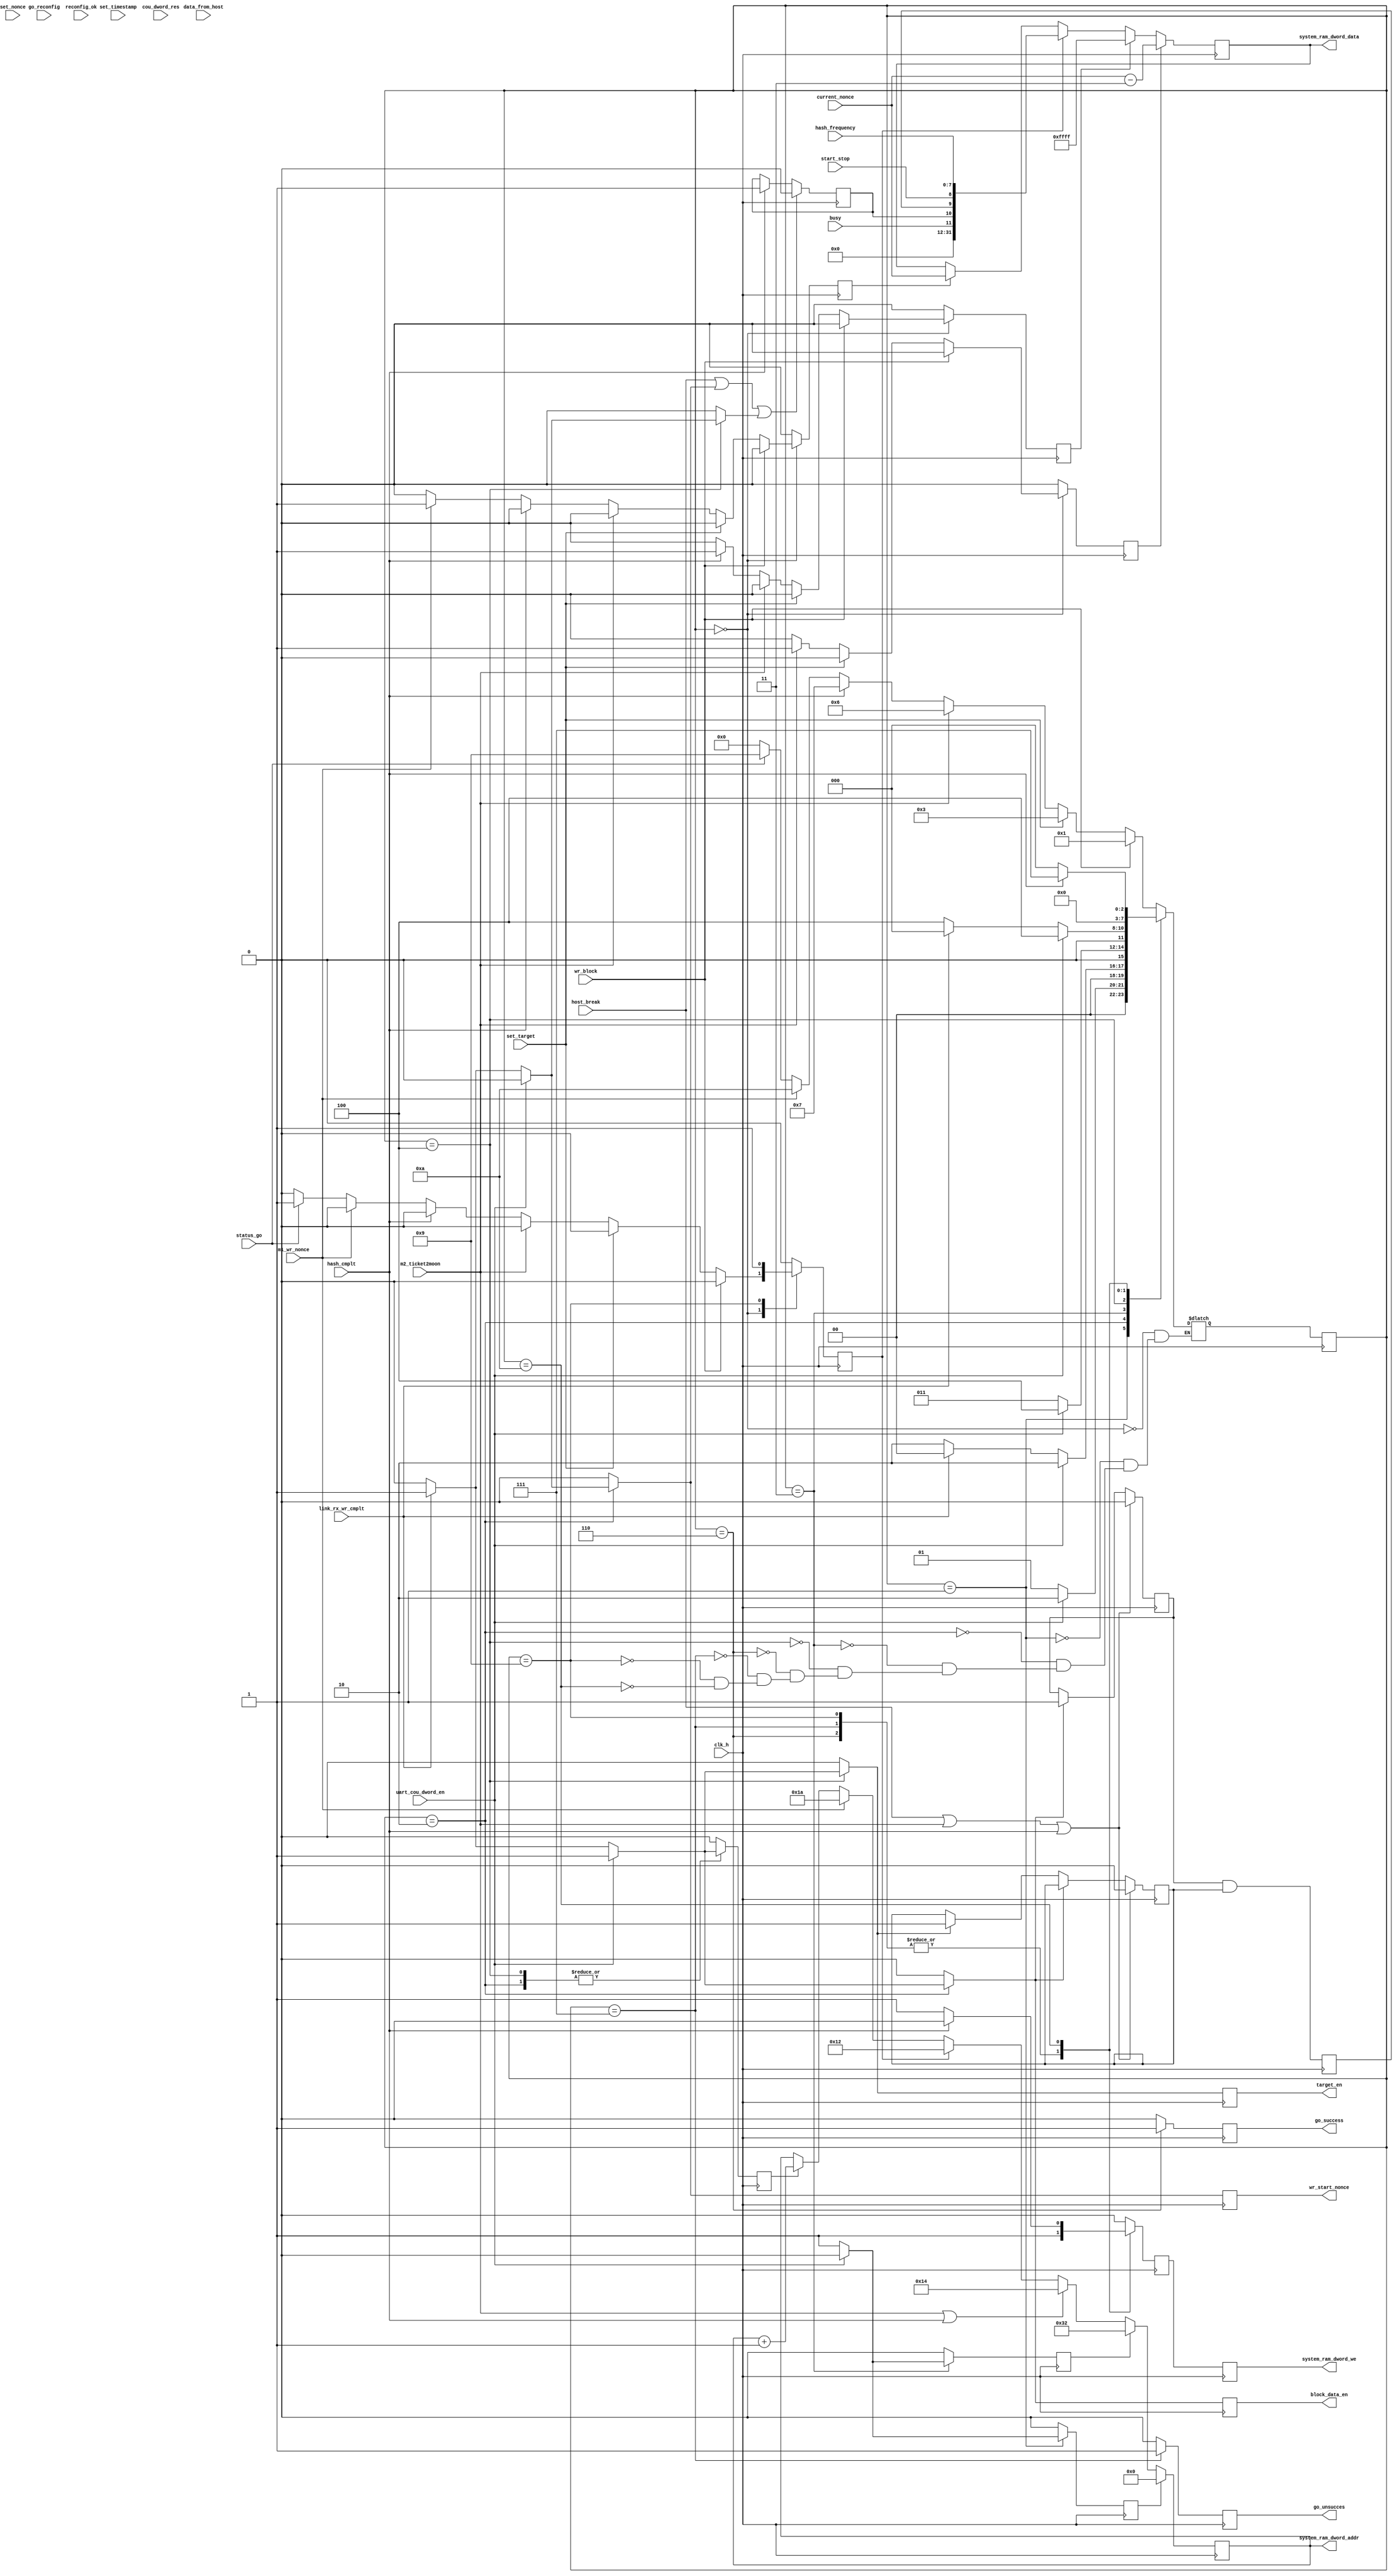
//
// STATUS [31:0]  
//     reserve      	   11 10 9 8 [7:0]
//								 |  | | |    clk_h_frequency
//				             |  | | start_stop-- 1 => start(calculations in progress); 0 => stop (waiting start or new block)
//                       |  | ready4hash  -- 1 => ready for hash							
//                       |  hash_completed-- 1 => hash completed; 0 => not  completed
//                       bussy -- 1 => reconfig  clk_h_frequency in progress	
//                   											
module system_control (
input			clk_h,
input			host_break,
input 		go_reconfig,
input			start_stop,
input [7:0]	hash_frequency,
input 		reconfig_ok,
input 		busy,
input			status_go,
//
input		uart_cou_dword_en,
input		wr_block,
input		set_target,
input		set_timestamp,
input		set_nonce,
input		cou_dword_res,
input		link_rx_wr_cmplt,
//
input [31:0]	data_from_host,
//
input				m2_ticket2moon,
input [31:0] 	current_nonce,
input				hash_cmplt,
input				m1_wr_nonce,
//
output reg [5:0]	system_ram_dword_addr = 6'h0,
output reg [31:0]	system_ram_dword_data = 32'b0,
output reg			system_ram_dword_we = 1'b0,
//
output reg 			target_en = 1'b0,
//output reg 			timestamp_en = 1'b0,
output reg 			block_data_en = 1'b0,
output reg 			wr_start_nonce = 1'b0,
//
output reg 			go_success = 1'b0,
output reg 			go_unsucces = 1'b0
			

	);
//
localparam	SC_IDLE 					= 4'b0000,
				SC_WRBLOCK1				= 4'b0001,
				SC_WRBLOCK2				= 4'b0010,
				SC_SETTARGET1 			= 4'b0011,
				SC_SETTARGET2 			= 4'b0100,
				SC_SETIMESTAMP 		= 4'b0101,
				SC_HASHSUCCES 			= 4'b0110,
				SC_HASHUNSUCCES		= 4'b0111,
				SC_RECONFIG    		= 4'b1000,
				SC_SETSTATUS 			= 4'b1001,
				SC_SETCURRENTNONCE 	= 4'b1010;
				
//
reg [3:0]	sc_sm_state = 4'b0;
reg [3:0]	sc_sm_state_next = 4'b0;
//	
reg system_ram_dword_addr_en_r = 1'b0;
reg system_ram_dword_addr_en = 1'b0;	

reg set_wr_block_adrr_r = 1'b0;
reg set_wr_block_adrr = 1'b0;
reg block_data_en_r = 1'b0;
reg set_target_adrr = 1'b0;
reg set_target_adrr_r = 1'b0;
reg target_en_r = 1'b0;
reg wr_start_nonce_r = 1'b0;
reg system_ram_dword_we_r = 1'b0;
reg system_ram_dword_we_rr = 1'b0;
reg go_success_r = 1'b0;
reg wr_golden_nonce_r = 1'b0;
reg wr_golden_nonce = 1'b0;
reg set_status_r = 1'b0;
reg set_status = 1'b0;
reg wr_current_nonce = 1'b0;
reg wr_current_nonce_r = 1'b0;
wire [31:0]		status;// = 32'b0
reg go_unsucces_r = 1'b0;
reg ready4hash = 1'b0;
reg target_done_r = 1'b0;
reg hash_cmplted = 1'b0;
reg block_done = 1'b0;
reg target_done = 1'b0;
reg wr_bad_nonce_r = 1'b0;
reg wr_bad_nonce = 1'b0;
//
	assign		status = {20'b0, busy, hash_cmplted, ready4hash, start_stop, hash_frequency};
//
always @ (posedge clk_h)
	begin
		ready4hash <= block_done & target_done;
		if (host_break | m2_ticket2moon | hash_cmplt)
			begin
					block_done <= 1'b0;
					target_done <= 1'b0;
			end
		else if (block_data_en_r) 
			block_done <= 1'b1;
		else if (target_en_r)
			target_done <= 1'b1;
	end
//
always @ (posedge clk_h)
		if (host_break | wr_start_nonce_r | target_done_r )
			hash_cmplted <= 1'b0;
		else if (hash_cmplt)
			hash_cmplted <= 1'b1;

//
always @ (posedge clk_h)
	begin
			if (set_wr_block_adrr)
				system_ram_dword_addr <= 6'h0;
			else if (set_target_adrr)
				system_ram_dword_addr <= 6'h32;
			else if (m2_ticket2moon | hash_cmplt)
				system_ram_dword_addr <= 6'h14;
			else if (set_status)
				system_ram_dword_addr <= 6'h12;
			else if (m1_wr_nonce)
				system_ram_dword_addr <= 6'h1a;
			else if (system_ram_dword_addr_en)
				system_ram_dword_addr <= system_ram_dword_addr + 6'h1;
	end
//		
always @ (posedge clk_h)
	begin
			if (wr_golden_nonce)
				system_ram_dword_data <= current_nonce - 2'b11;
			else if (wr_bad_nonce)
				system_ram_dword_data <= 32'hffff;
			else if (set_status)
				system_ram_dword_data <= status;
			else if (wr_current_nonce)
				system_ram_dword_data <= current_nonce;
	end
		
//
always @ (posedge clk_h)
		sc_sm_state <= sc_sm_state_next;
//
always @(*)		
begin
set_wr_block_adrr_r <= 1'b0;
block_data_en_r <= 1'b0;
set_target_adrr_r <= 1'b0;	
system_ram_dword_addr_en_r <= 1'b0;
target_en_r <= 1'b0;	
wr_start_nonce_r <= 1'b0;
system_ram_dword_we_r <= 1'b0;
go_success_r <= 1'b0;
go_unsucces_r <= 1'b0;
wr_golden_nonce_r <= 1'b0;
target_done_r <= 1'b0;
set_status_r <= 1'b0;
wr_bad_nonce_r <= 1'b0;
wr_current_nonce_r <= 1'b0;
	
			case (sc_sm_state)
							SC_IDLE: //000
								begin
									if (wr_block)
											sc_sm_state_next <= SC_WRBLOCK1;
									else if (set_target)
										begin
											sc_sm_state_next <= SC_SETTARGET1;
										end
									else if (m2_ticket2moon)
										begin
											wr_golden_nonce_r <= 1'b1;
											sc_sm_state_next <= SC_HASHSUCCES;
										end
									else if (hash_cmplt)
										begin
											wr_bad_nonce_r <= 1'b1;
											sc_sm_state_next <= SC_HASHUNSUCCES;
										end
									else if (m1_wr_nonce)
										begin
											wr_current_nonce_r <= 1'b1;
											sc_sm_state_next <= SC_SETCURRENTNONCE;	
										end
									else if (status_go)
											begin
												set_status_r <= 1'b1;
												sc_sm_state_next <= SC_SETSTATUS;
											end
											
									else
										begin
											sc_sm_state_next <= SC_IDLE;
										end
								end
							//
							SC_WRBLOCK1: //001
								begin
										if (uart_cou_dword_en)
											begin
												sc_sm_state_next <= SC_WRBLOCK2;
											end
										else
											begin
												set_wr_block_adrr_r <= 1'b1;
												sc_sm_state_next <= SC_WRBLOCK1;
											end
									end
								//
							SC_WRBLOCK2: //001
								begin
									if (uart_cou_dword_en)
										begin
											system_ram_dword_addr_en_r <= 1'b1;
											block_data_en_r <= 1'b1;
											sc_sm_state_next <= SC_WRBLOCK2;
										end
									else if (link_rx_wr_cmplt)//
										begin
											system_ram_dword_addr_en_r <= 1'b1;
											block_data_en_r <= 1'b1;
											wr_start_nonce_r <= 1'b1;
											sc_sm_state_next <= SC_IDLE;
										end
									else
										begin
											sc_sm_state_next <= SC_WRBLOCK2;
										end
								end
							
							//
							SC_SETTARGET1: // 010
								begin
									if (uart_cou_dword_en)
										begin
											sc_sm_state_next <= SC_SETTARGET2;
										end
									else
										begin
											set_target_adrr_r <= 1'b1;
											sc_sm_state_next <= SC_SETTARGET1;
										end
								end
								//
							SC_SETTARGET2: // 011
								begin
									if (uart_cou_dword_en)
										begin
											target_en_r <= 1'b1;
											system_ram_dword_addr_en_r <= 1'b1;
											sc_sm_state_next <= SC_SETTARGET2;
										end
									else if (link_rx_wr_cmplt)//
										begin
											target_en_r <= 1'b1;
											system_ram_dword_addr_en_r <= 1'b1;
											target_done_r <= 1'b1;
											sc_sm_state_next <= SC_IDLE;
										end
									else
										begin
											sc_sm_state_next <= SC_SETTARGET2;
										end
								end
								//
							SC_HASHSUCCES: // 100
								begin
										go_success_r <= 1'b1;
										system_ram_dword_we_r <= 1'b1;
										sc_sm_state_next <= SC_IDLE;
								end
								//
							SC_HASHUNSUCCES:// 0111
								begin
										go_unsucces_r <= 1'b1;
										system_ram_dword_we_r <= 1'b1;
										sc_sm_state_next <= SC_IDLE;
								end
								//
							SC_SETSTATUS: //1001
								begin
									system_ram_dword_we_r <= 1'b1;
									set_status_r <= 1'b1;
									sc_sm_state_next <= SC_IDLE;
								end
								//
							SC_SETCURRENTNONCE: //1010
								begin
									if (hash_cmplt)
										sc_sm_state_next <= SC_HASHUNSUCCES;
									else
										begin
											system_ram_dword_we_r <= 1'b1;
											sc_sm_state_next <= SC_IDLE;
										end
								end
							
			endcase				




end
//	
always @ (posedge clk_h)
begin
		set_wr_block_adrr <= set_wr_block_adrr_r;
		block_data_en <= block_data_en_r;
		set_target_adrr <= set_target_adrr_r; 
		system_ram_dword_addr_en <= system_ram_dword_addr_en_r;
		target_en <= target_en_r;
		wr_start_nonce <= wr_start_nonce_r;
		system_ram_dword_we_rr <= system_ram_dword_we_r;
		system_ram_dword_we <= system_ram_dword_we_rr;
		wr_golden_nonce <= wr_golden_nonce_r;
		go_success <= go_success_r;
		go_unsucces <= go_unsucces_r;
		set_status <= set_status_r;
		wr_bad_nonce <= wr_bad_nonce_r;
		wr_current_nonce <= wr_current_nonce_r;
		
end		
//


//

		
endmodule